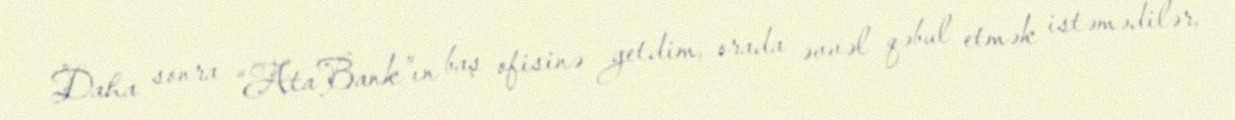
Daha sonra “AtaBank”ın baş ofisinə getdim, orada əvvəl qəbul etmək istəmədilər,